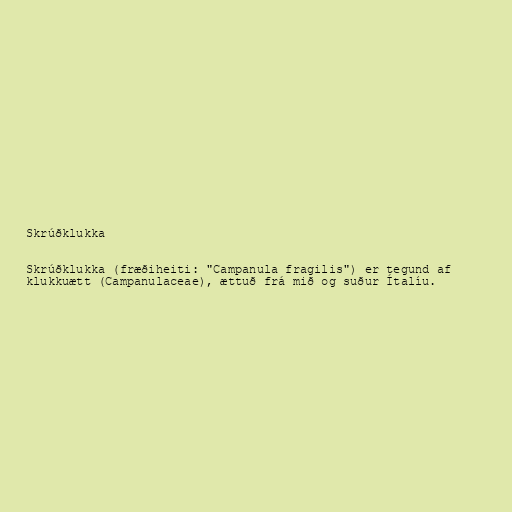
Skrúðklukka

Skrúðklukka (fræðiheiti: "Campanula fragilis") er tegund af
klukkuætt (Campanulaceae), ættuð frá mið og suður Ítalíu.